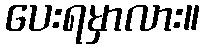
ပေးရမှာလား။